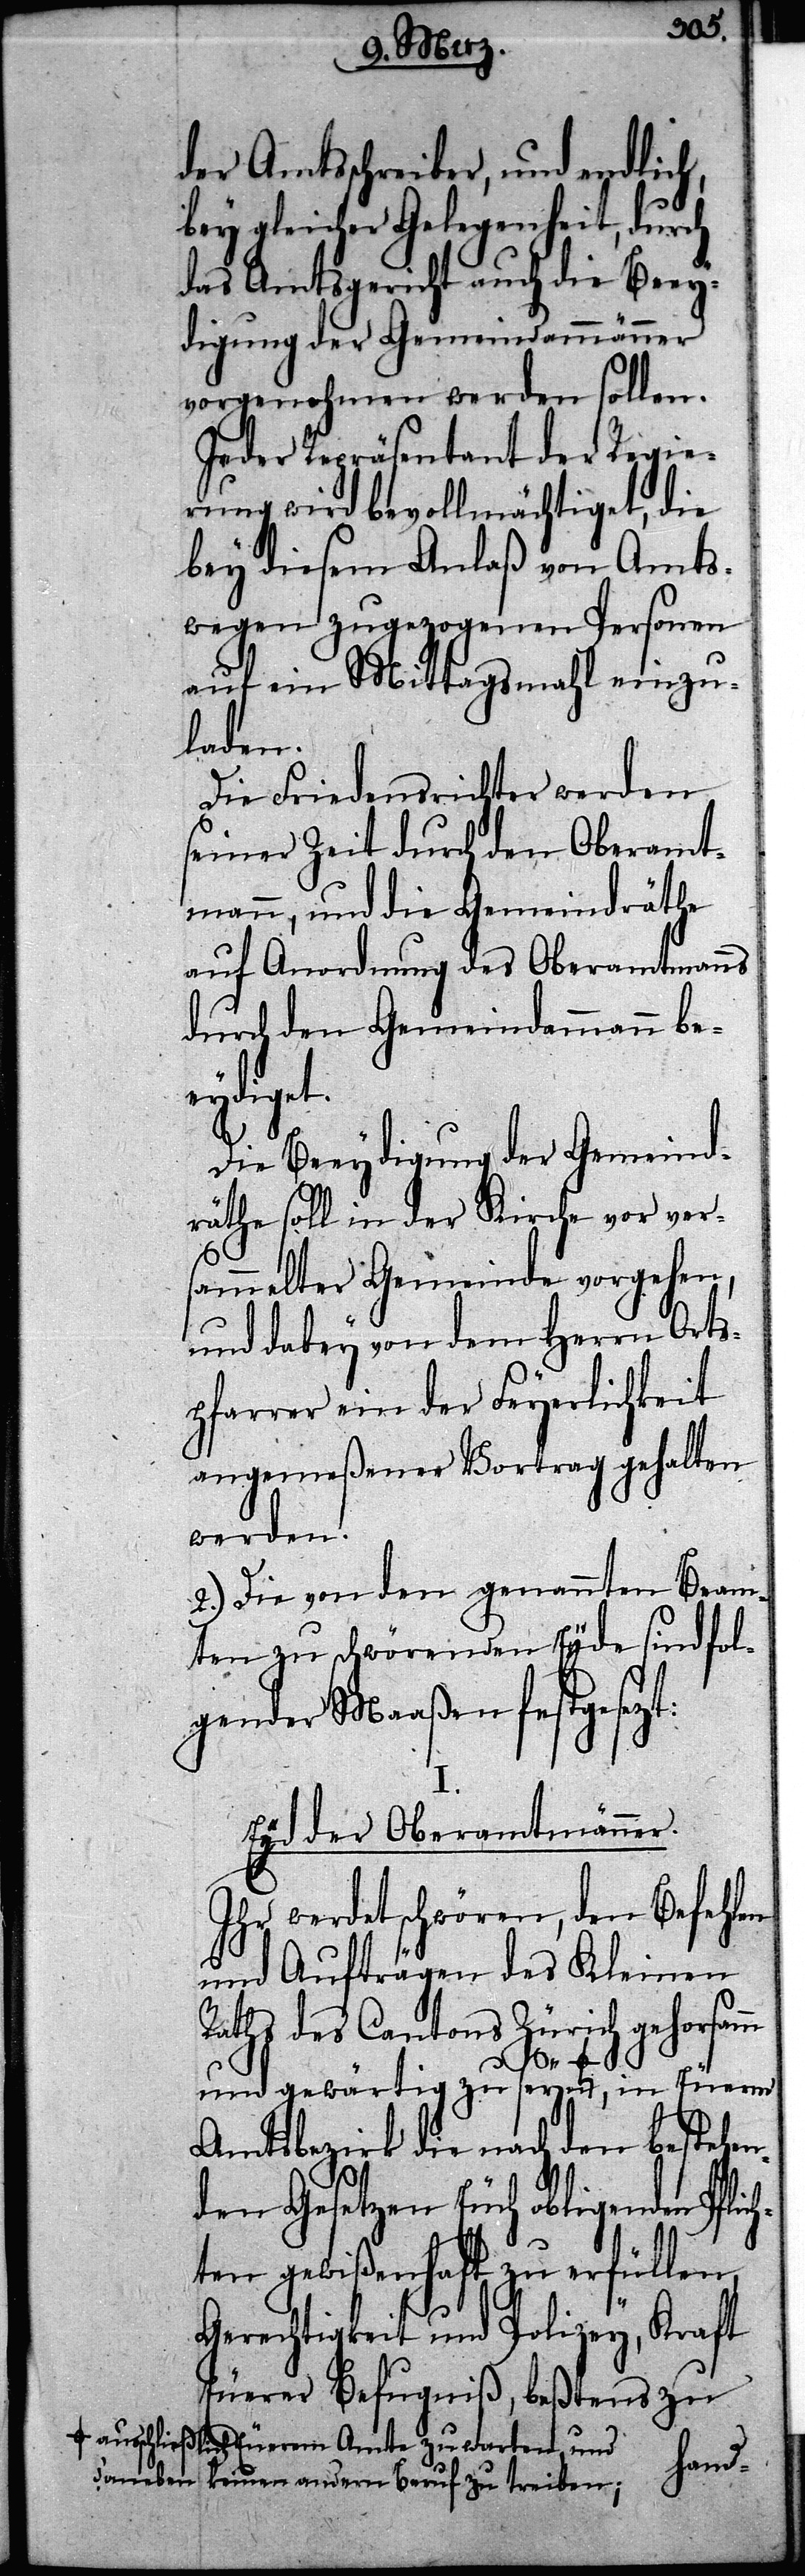
der Amtsschreiber, und endlich,
bey gleicher Gelegenheit, durch
das Amtsgericht auch die Beey¬
digung der Gemeindammänner
vorgenohmen werden sollen.
Jeder Repräsentant der Regie¬
rung wird bevollmächtiget, die
bey diesem Anlaß von Amts¬
wegen zugezogenen Personen
auf ein Mittagsmahl einzu¬
laden.
Die Friedensrichter werden
seiner Zeit durch den Oberamt¬
mann, und die Gemeindräthe
auf Anordnung des Oberamtmanns
durch den Gemeindammann be¬
ich¬
Die Beeydigung der Gemeind¬
räthe soll in der Kirche vor ver¬
sammelter Gemeinde vorgehen,
und dabey von dem Herrn Orts¬
pfarrer ein der Feyerlichkeit
angemeßener Vortrag gehalten
werden.
2.) Die von den genannten Beam¬
ten zu schwörenden Eyde sind fol¬
gender Maaßen festgesezt:
I.
Eyd der Oberamtmänner.
Ihr werdet schwören, den Befehlen
und Aufträgen des Kleinen
Raths des Cantons Zürich gehorsamm
Amtsbezirk die nach den bestehen¬
den Gesetzen Euch obligenden Pfl¬
ten gewißenhaft zu erfüllen,
Gerechtigkeit und Polizey, Kraft
Euerer Befugniß, beßtens zu
ausschließlich Euerem Amte zu warten, und
daneben
keinen andern Beruf zu treiben;